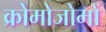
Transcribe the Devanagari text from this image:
क्रोमोजोमों